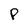
Character: P